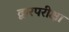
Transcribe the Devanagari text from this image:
द्वारपरीक्षा